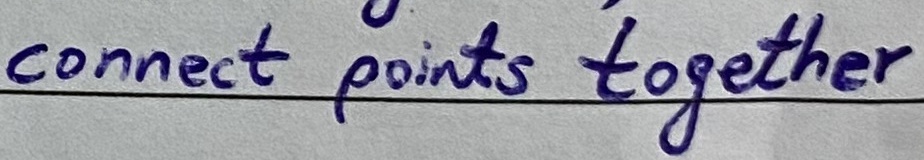
Text: connect points together